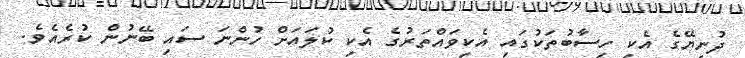
ދުނިޔޭގެ އެކި ހިސާބުތަކުގައި އެކިވައްތަރުގެ އެކި ކުލައަށް ހުންނަ ސައި ބޭނުން ކުރެއެވެ.